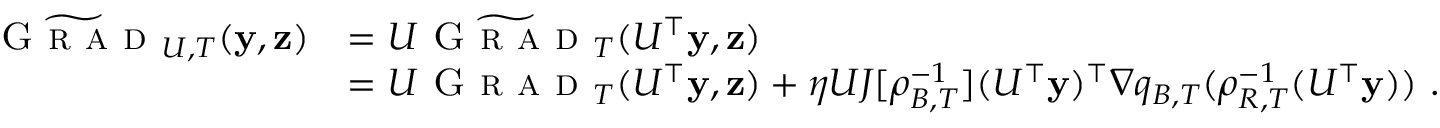
\begin{array} { r l } { \widetilde \textsc { G r a d } _ { U , T } ( \mathbf { y } , { \mathbf z } ) } & { = U \widetilde \textsc { G r a d } _ { T } ( U ^ { \top } \mathbf { y } , { \mathbf z } ) } \\ & { = U \textsc { G r a d } _ { T } ( U ^ { \top } \mathbf { y } , { \mathbf z } ) + \eta U J [ \rho _ { B , T } ^ { - 1 } ] ( U ^ { \top } \mathbf { y } ) ^ { \top } \nabla q _ { B , T } ( \rho _ { R , T } ^ { - 1 } ( U ^ { \top } \mathbf { y } ) ) ~ . } \end{array}